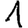
Digit: 1